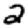
Digit: 2